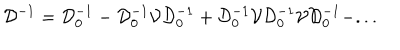
{ \mathcal D } ^ { - 1 } = { \mathcal D } _ { 0 } ^ { - 1 } - { \mathcal D } _ { 0 } ^ { - 1 } { \mathcal V } { \mathcal D } _ { 0 } ^ { - 1 } + { \mathcal D } _ { 0 } ^ { - 1 } { \mathcal V } { \mathcal D } _ { 0 } ^ { - 1 } { \mathcal V } { \mathcal D } _ { 0 } ^ { - 1 } - . . .